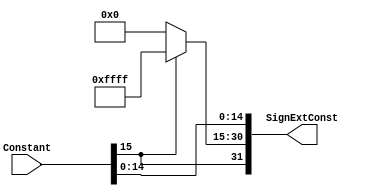
`timescale 1ns / 1ps


module SignExtensionMod(
    output [31:0] SignExtConst,
    input [15:0] Constant
    );
	 
	 
	  reg[31:0] tempextendedImmediate;
     always@(*)
     begin
     //  if(ExtOp==1)
     //  begin
            tempextendedImmediate[14:0] = Constant[14:0];
             if(Constant[15] == 1'b0)
                begin
                  tempextendedImmediate[30:15] = 16'd0;
                end
             else
                begin
                  tempextendedImmediate[30:15] = 16'b1111111111111111;
                end
             tempextendedImmediate[31] = Constant[15];
     //   end
     end
	  
	  assign SignExtConst = tempextendedImmediate;



endmodule